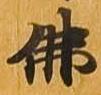
仏